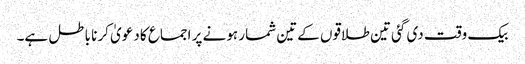
بیک وقت دی گئی تین طلاقوں کےتین شمار ہونے پر اجماع کا دعویٰ کرنا باطل ہے۔